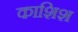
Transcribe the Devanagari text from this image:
काशिश